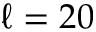
\ell = 2 0